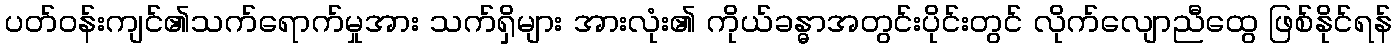
ပတ်ဝန်းကျင်၏သက်ရောက်မှုအား သက်ရှိများ အားလုံး၏ ကိုယ်ခန္ဓာအတွင်းပိုင်းတွင် လိုက်လျောညီထွေ ဖြစ်နိုင်ရန်